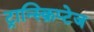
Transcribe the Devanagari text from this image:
ट्रान्स्क्रिप्टेज